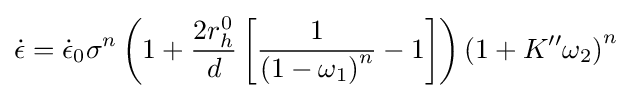
{\dot {\epsilon }}={\dot {\epsilon }}_{0}\sigma ^{n}\left(1+{\frac {2r_{h}^{0}}{d}}\left[{\frac {1}{\left(1-\omega _{1}\right)^{n}}}-1\right]\right)\left(1+K^{\prime \prime }\omega _{2}\right)^{n}